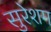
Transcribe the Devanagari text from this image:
सुरेशम